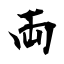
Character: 両